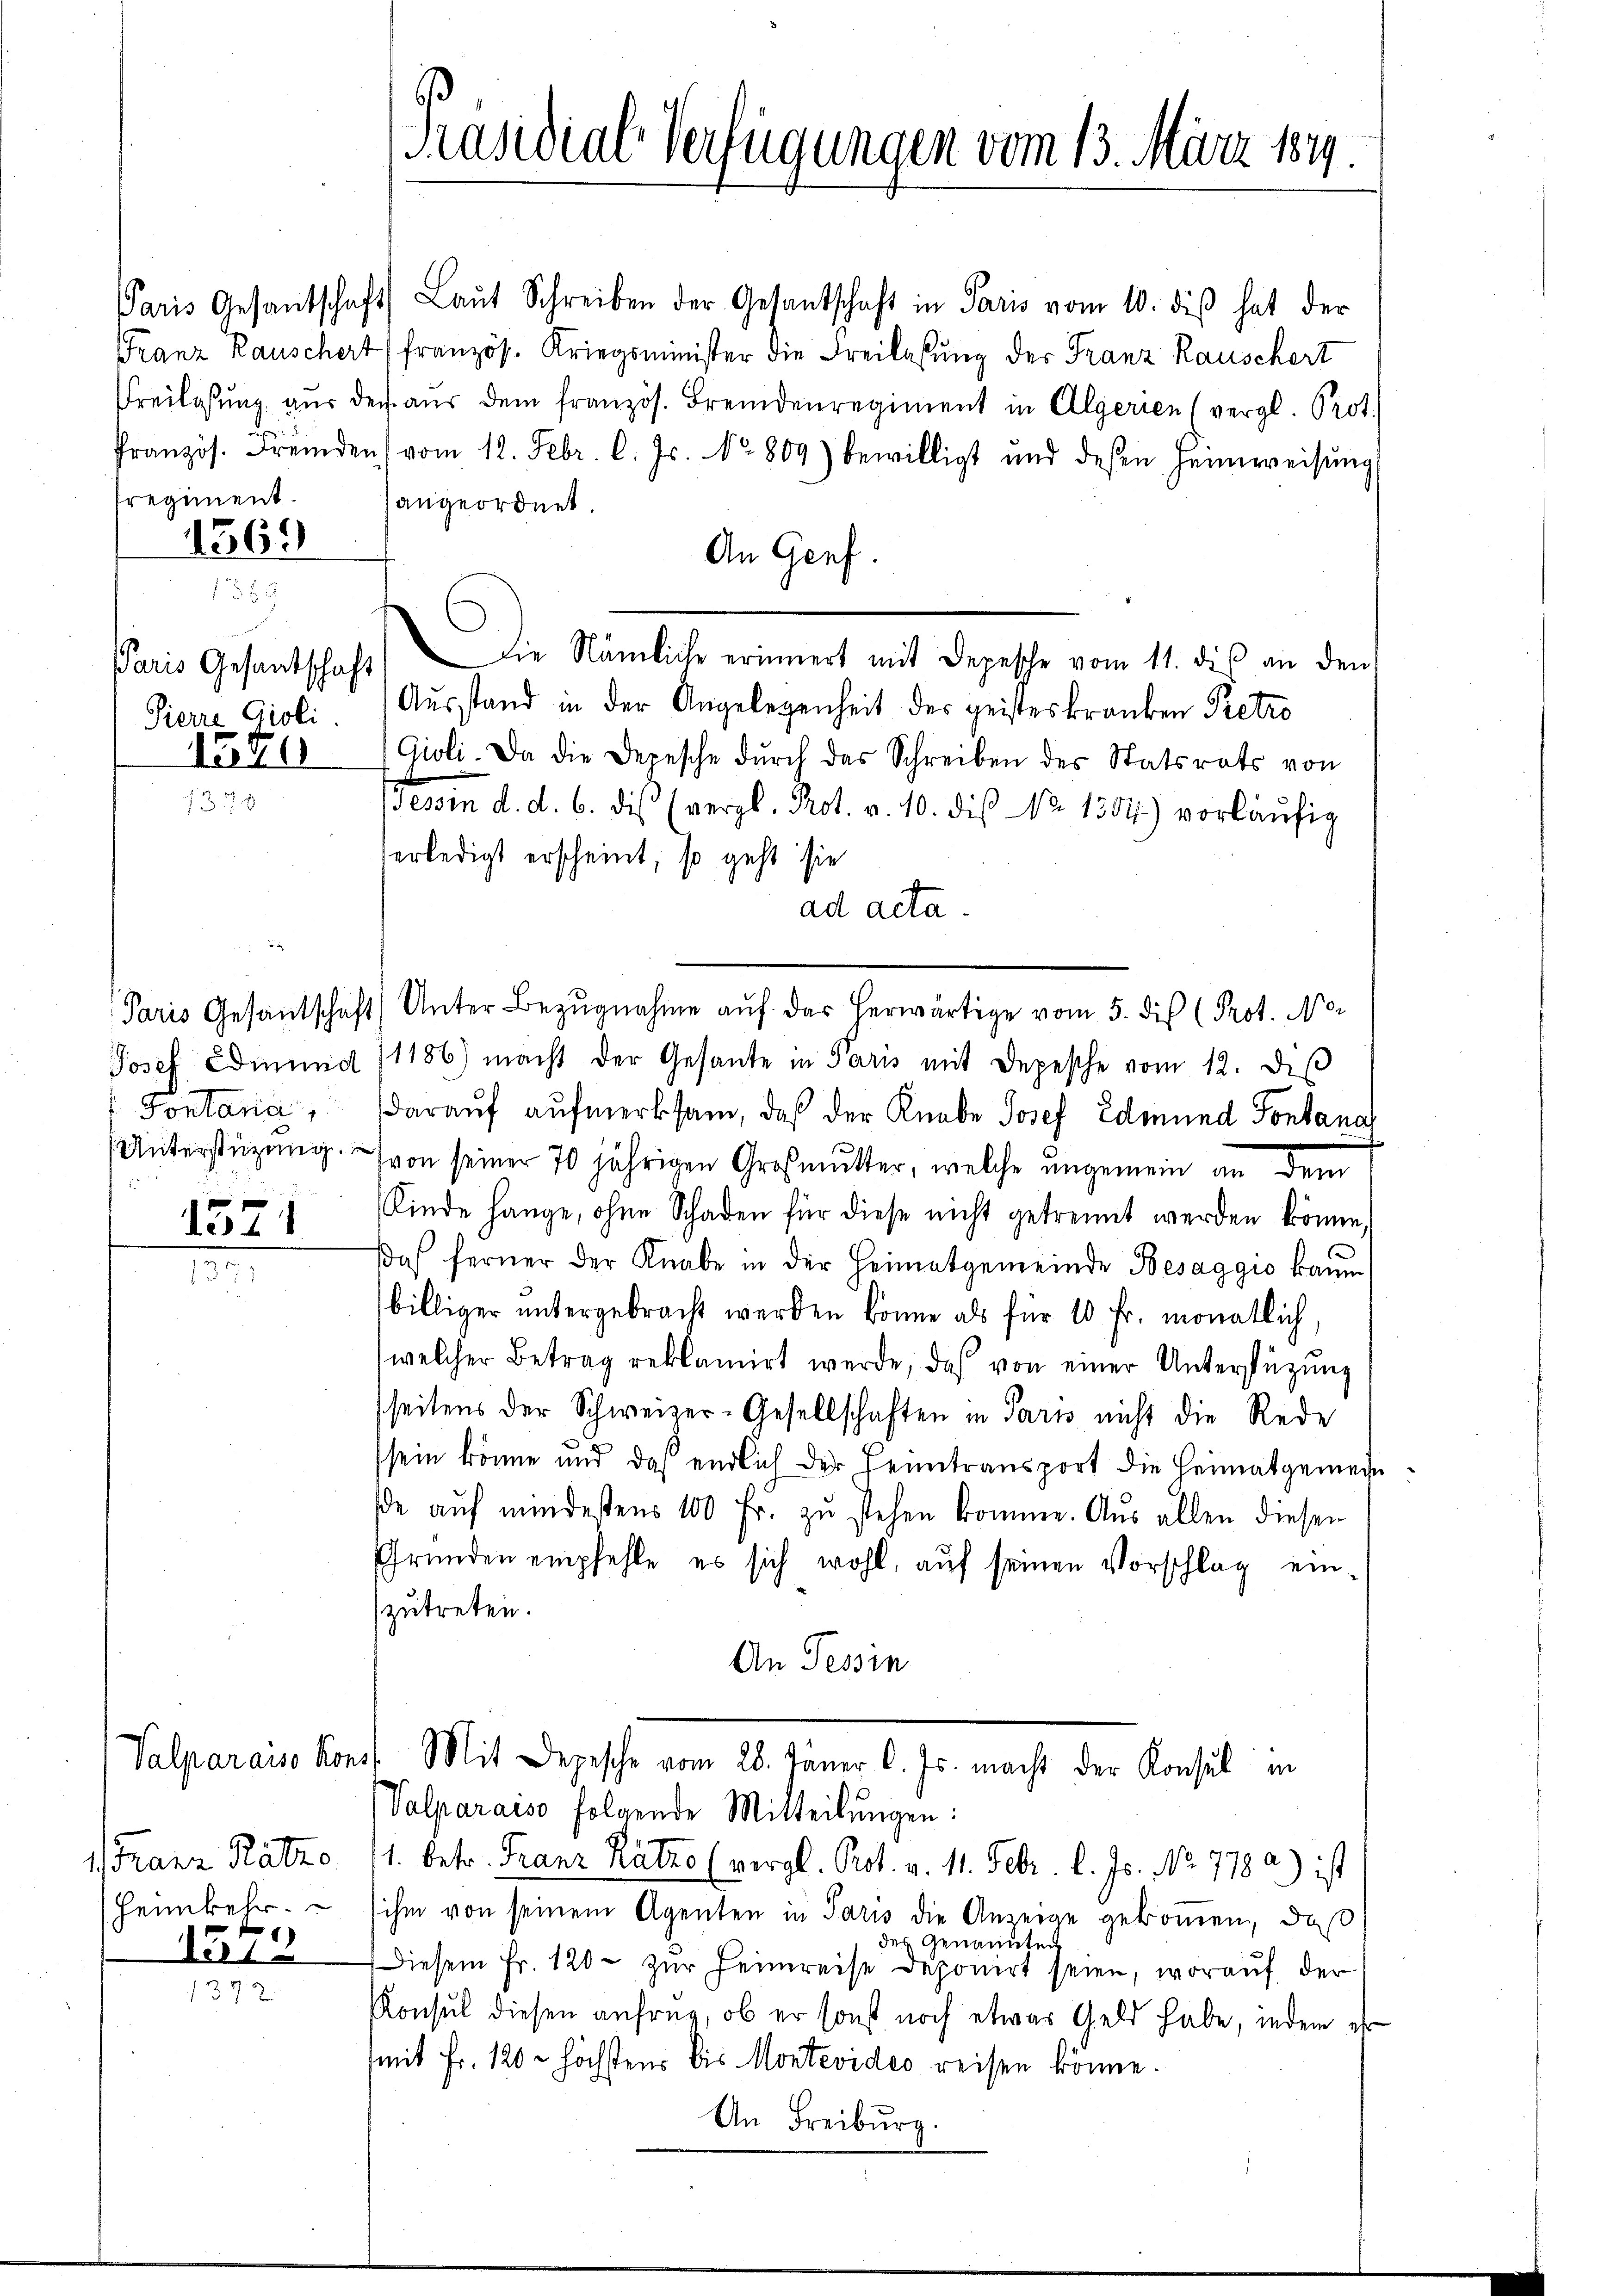
sregiment.

1369

Paris Gesantschaft
1240

v. Gontana,

1571

Valparaiso Konst
Franz Ratze
Heimkehr.
1572

Präsidial-Verfügungen vom 13. März 184.

Paris Gesantschaft Laŭt Schreiben der Gesandschaft in Paris vom 10. diβ hat der
Franz Rauschert französ. Kriegsminister die Freilassŭng der Franz Rauschert
Freilassŭng aŭs der aŭs dem französ. Fremdenregiment in Algerien (vergl. Prot.
französ. Fremden vom 12. Febr. l. Js. No. 809) bewilligt und deßen Heimweisŭng
angeordnet.
An Genf.
Die Nämliche erinnert mit Depesche vom 11. dis an den
Pierre Gioli Ausstand in der Angelegenheit des geisteskranken Petro
Gioli. Da die Depesche dŭrch das Schreiben des Statsrats von
Tessin d. d. 6. die (vergl. Prot. v. 10. dis No 1304) vorläŭfig
erledigt erscheint, so geht sie
ad acta.
Paris Gesandschaft Unter Bezŭgnahme auf das herwärtige vom 5. dis (Prot. No
Josef Edmund 11186) macht der Gesante in Paris mit Depesche vom 12. des
daraŭf aŭfmerksam, daß der Knabe Josef Edmund Sontana
Unterstüzung von seiner 70 jährigen Großmutter, welche ungemein dem
Kinde hange, ohne Schaden für diese nicht getrennt werden könne,
Das ferner der Knabe in der Heimatgemeinde Besaggio kaum
billiger untergebracht werden könne als für 10 Fr. monatlich,
(welcher Betrag reklamirt werde, das von einer Unterstützŭng
seitens der Schweizer-Gesellschaften in Paris nicht die Rede
sein könne und daß endlich der Feintransport die Heimatgemein
de aŭf mindestens 100 Fr. zŭ stehen komme. Aus allen diesen
Gründen empfehle, es sich wohl, aŭf seinen Vorschlag einzutreten.
An Tessin
Mit Depesche vom 28. Jäner l. Js. macht der Konsul in
Valparaiso folgende Mitteilungen:
1. betr. Franz Ratzo (vergl. Prot. v. 11. Febr. l. Js. No. 7780) ist
ihm von seinem Agenten in Paris die Anzeige gekommen, daß
der Genannten
Diesem Fr. 120. zŭr Heimreise deponirt seien, worauf der
Konsul diesen anfrag, ob er sonst noch etwas Geld habe, indem er
mit Fr. 120 - höchstens bis Montevides reisen könne.
An Freiburg.